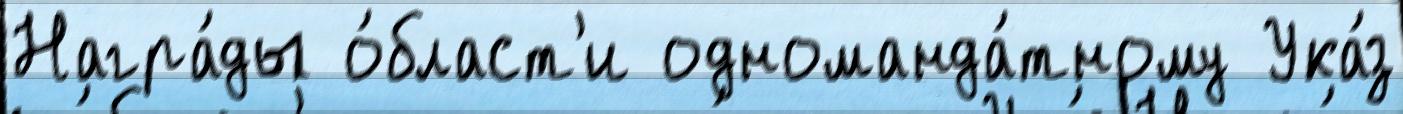
Награ́ды о́бласт'и одноманда́тному Ука́з